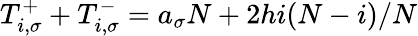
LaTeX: T_{i,\sigma}^{+}+T_{i,\sigma}^{-}=a_{\sigma}N+2hi(N-i)/N